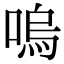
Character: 嗚